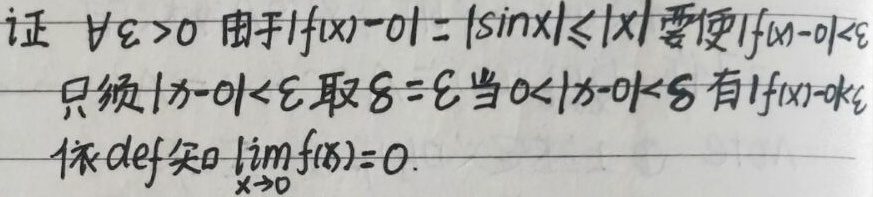
证：\(\forall \varepsilon>0\)，由于\(\vert f(x) - 0\vert=\vert\sin x\vert\leqslant\vert x\vert\)。要使\(\vert f(x)-0\vert<\varepsilon\)，只须\(\vert x - 0\vert<\varepsilon\)。取\(\delta=\varepsilon\)，当\(0<\vert x - 0\vert<\delta\)，有\(\vert f(x)-0\vert<\varepsilon\)。依\(\text{def}\)知\(\lim\limits_{x \to 0}f(x)=0\)。